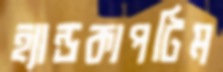
হ্যান্ডকাপটিম